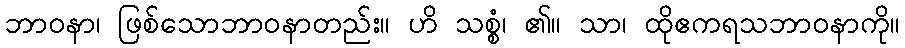
ဘာဝနာ၊ ဖြစ်သောဘာဝနာတည်း။ ဟိ သစ္စံ၊ ၏။ သာ၊ ထိုဧကရသဘာဝနာကို။